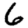
Digit: 6